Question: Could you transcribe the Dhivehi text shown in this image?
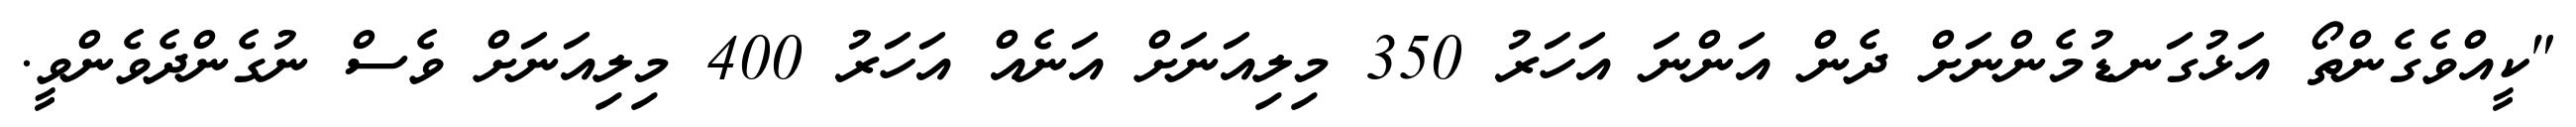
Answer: "ކީއްވެގެންތޯ އަޅުގަނޑުމެންނަށް ދެން އަންނަ އަހަރު 350 މިލިއަނަށް އަނެއް އަހަރު 400 މިލިއަނަށް ވެސް ނުގެންދެވެންވީ.